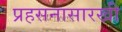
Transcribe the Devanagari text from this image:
प्रहसनासारखी